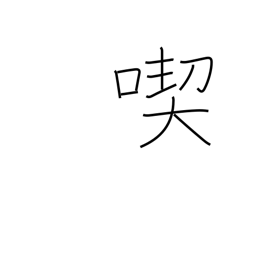
Meaning: consume